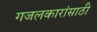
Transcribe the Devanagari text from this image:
गजलकारांसाठी